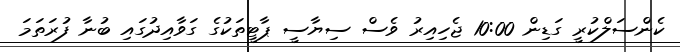
ކެންސަލްކުރީ ގަޑިން 10:00 ޖެހިއިރު ވެސް ސިޔާސީ ޕާޓީތަކުގެ ގަވާއިދުގައި ބުނާ ފުރަތަމަ